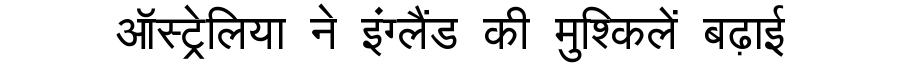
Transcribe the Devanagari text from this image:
ऑस्ट्रेलिया ने इंग्लैंड की मुश्किलें बढ़ाई